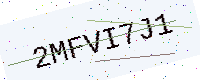
Text: 2MFVI7J1